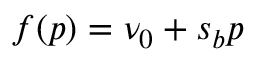
f ( p ) = \nu _ { 0 } + s _ { b } p